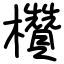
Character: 欑